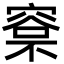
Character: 𣘏